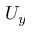
U _ { y }